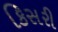
કિસરી